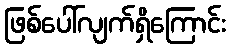
ဖြစ်ပေါ်လျက်ရှိကြောင်း